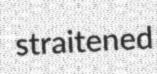
straitened